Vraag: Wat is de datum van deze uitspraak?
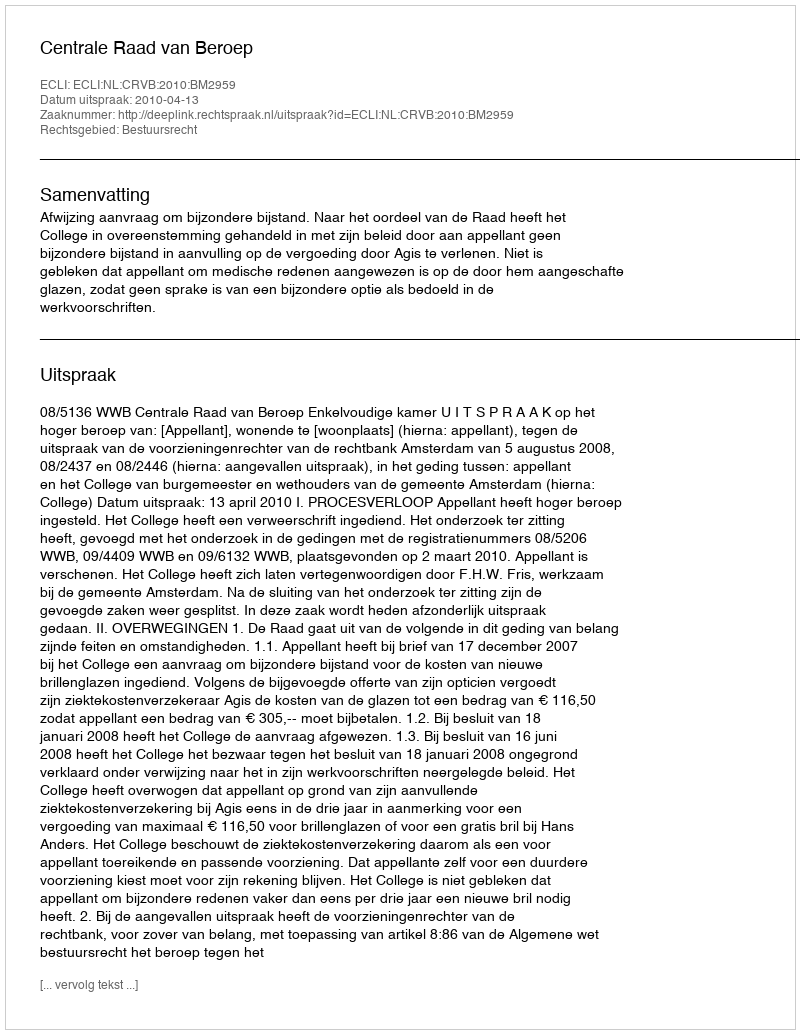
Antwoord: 2010-04-13